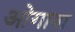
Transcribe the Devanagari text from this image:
ओगावा